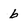
Character: b